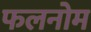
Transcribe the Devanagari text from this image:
फलनोम